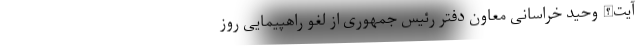
آیت‌الله وحید خراسانی معاون دفتر رئیس جمهوری از لغو راهپیمایی روز